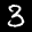
Label: 3